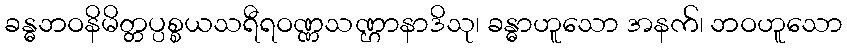
ခန္ဓဘဝနိမိတ္တပ္ပစ္စယသရီရဝဏ္ဏသဏ္ဌာနာဒိသု၊ ခန္ဓာဟူသော အနက်၊ ဘဝဟူသော